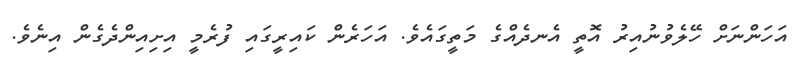
އަހަންނަށް ހޭލެވުނުއިރު އޮތީ އެނދެއްގެ މަތީގައެވެ. އަހަރެން ކައިރީގައި ފުރެމީ އިށިއިންދެގެން އިނެވެ.